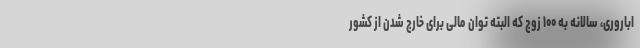
اباروری، سالانه به ۱۰۰ زوج که البته توان مالی برای خارج شدن از کشور